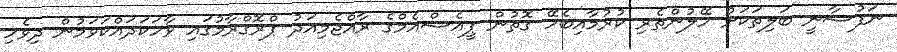
ނަފުސާނީ ބަލިތަކަށް ހޭލުންތެރި ކުރުމާއިބެހޭ ގޮތުން ޕީއެސްއެމްގެ ރާއްޖެމިއަދު ޕްރޮގްރާމުގައި ވާހަކަދައްކަވަމުން ދިވެހި